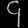
Digit: ၄